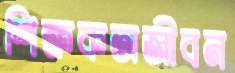
শিক্ষকতাজীবন